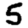
Digit: 5